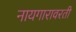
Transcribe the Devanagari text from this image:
नायगारावरती